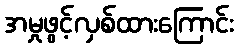
အမှုဖွင့်လှစ်ထားကြောင်း